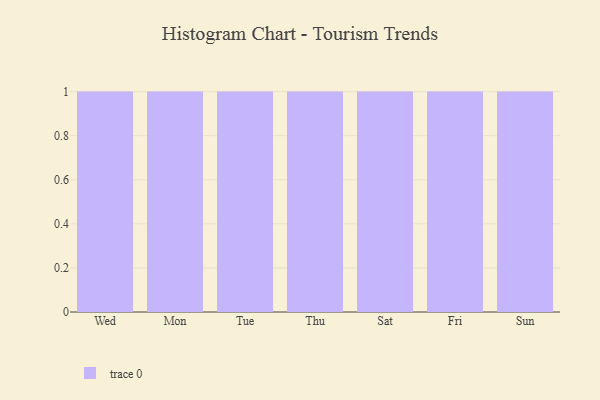
{"axis": {"x": "Day", "y": "Demand Index"}, "legend": [""], "data": [{"x": "Wed", "y": 74, "type": ""}, {"x": "Mon", "y": 15, "type": ""}, {"x": "Tue", "y": 21, "type": ""}, {"x": "Thu", "y": 44, "type": ""}, {"x": "Sat", "y": 68, "type": ""}, {"x": "Fri", "y": 80, "type": ""}, {"x": "Sun", "y": 96, "type": ""}]}